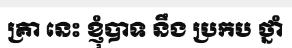
គ្រា នេះ ខ្ញុំបាទ នឹង ប្រកប ថ្នាំ